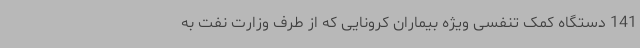
141 دستگاه کمک تنفسی ویژه بیماران کرونایی که از طرف وزارت نفت به